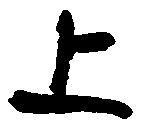
上